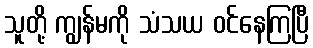
သူတို့ ကျွန်မကို သံသယ ဝင်နေကြပြီ